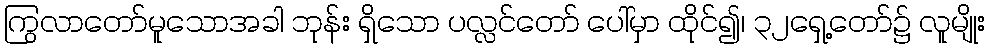
ကြွလာတော်မူသောအခါ ဘုန်း ရှိသော ပလ္လင်တော် ပေါ်မှာ ထိုင်၍၊ ၃၂ရှေ့တော်၌ လူမျိုး